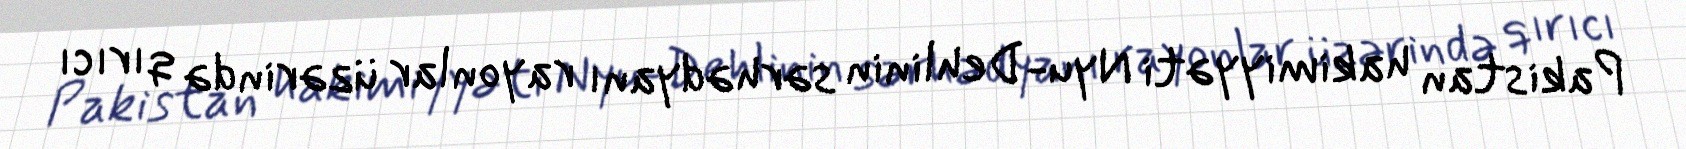
Pakistan hakimiyyəti Nyu-Dehlinin sərhədyanı rayonlar üzərində qırıcı